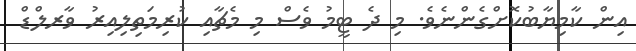
އިން ކާމިޔާބުކޮށްގެންނެވެ. މި ދެ ޓީމު ވެސް މި މެޗާއި ކުރިމަތިލިއިރު ވާރލްޑް